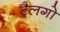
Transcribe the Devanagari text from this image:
टैलगो